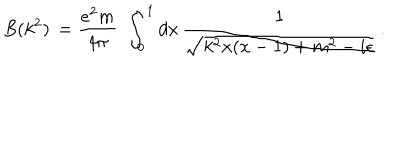
LaTeX: B ( k ^ { 2 } ) \, = \frac { e ^ { 2 } m } { 4 \pi } \, \, \int _ { 0 } ^ { 1 } d x \, \frac { 1 } { \sqrt { k ^ { 2 } x ( x - 1 ) + m ^ { 2 } - i \epsilon } } \, .